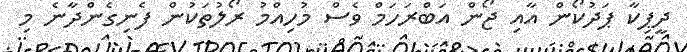
ދީޕިކާ ޕަދުކޯން އާއި ޖޯން އަބްރަހަމް ވެސް މުހިއްމު ރޯލުތަކުން ފެނިގެންދާނެ މި